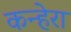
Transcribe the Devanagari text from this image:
कन्हेरा